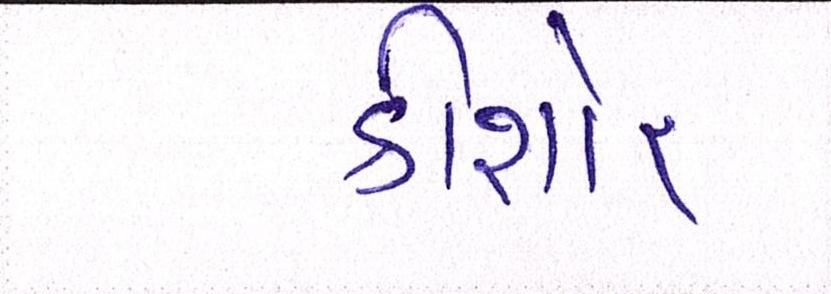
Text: કીશોર